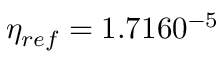
\eta _ { r e f } = 1 . 7 1 6 \time 1 0 ^ { - 5 }